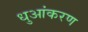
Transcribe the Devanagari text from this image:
धुआंकरण